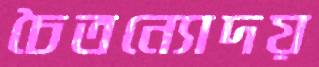
চৈতন্যোদয়